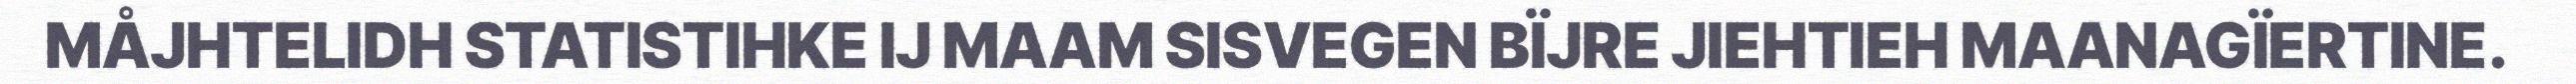
MÅJHTELIDH STATISTIHKE IJ MAAM SISVEGEN BÏJRE JIEHTIEH MAANAGÏERTINE.